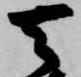
去